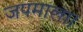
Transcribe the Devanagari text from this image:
जपमाला।